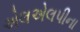
એલએલપીના